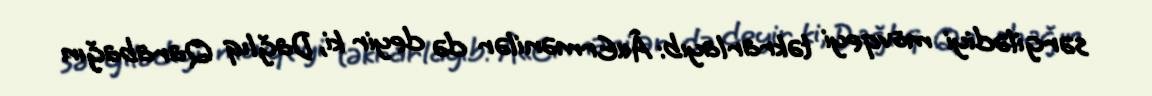
sərgilədiyi mövqeyi təkrarlayıb: Â«Ermənilər də deyir ki, Dağlıq Qarabağın